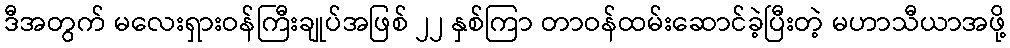
ဒီအတွက် မလေးရှားဝန်ကြီးချုပ်အဖြစ် ၂၂ နှစ်ကြာ တာဝန်ထမ်းဆောင်ခဲ့ပြီးတဲ့ မဟာသီယာအဖို့